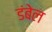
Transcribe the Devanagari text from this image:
डंबेल